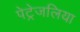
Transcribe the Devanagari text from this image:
पेट्रेजलिया